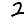
Digit: 2